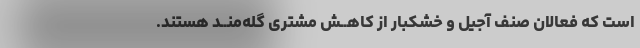
است که فعالان صنف آجیل و خشکبار از کاهــش مشترى گله‌منــد هستند.